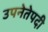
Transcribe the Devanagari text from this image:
उपनेतेपदी